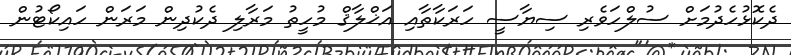
ދެކޮޅުހެދުމަށް ސުލްހަވެރި ސިޔާސީ ހަރަކާތާއި އަޚްލާޤް މުހީތު މަރާލި ދެކުދިން މަރަން ހައިކޯޓުން